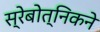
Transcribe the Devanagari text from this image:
स्रेबोत्निकने